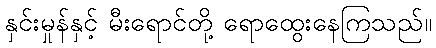
နှင်းမှုန်နှင့် မီးရောင်တို့ ရောထွေးနေကြသည်။